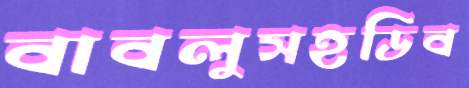
বাবলুসহডিব